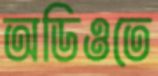
অডিওতে